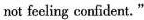
not feeling confident,"